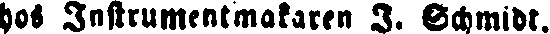
hos Instrumentmakaren I. Schmidt.